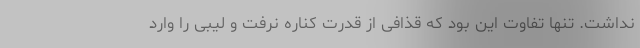
نداشت. تنها تفاوت این بود که قذافی از قدرت کناره نرفت و لیبی را وارد